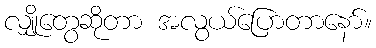
လျှိုတွေဆိုတာ အလွယ်ပြောတာနော်။